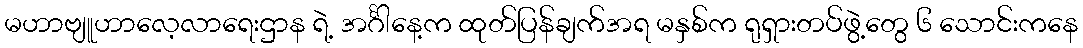
မဟာဗျူဟာလေ့လာရေးဌာန ရဲ့ အင်္ဂါနေ့က ထုတ်ပြန်ချက်အရ မနှစ်က ရုရှားတပ်ဖွဲ့တွေ ၆ သောင်းကနေ